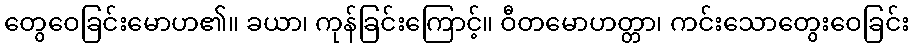
တွေဝေခြင်းမောဟ၏။ ခယာ၊ ကုန်ခြင်းကြောင့်။ ဝီတမောဟတ္တာ၊ ကင်းသောတွေးဝေခြင်း